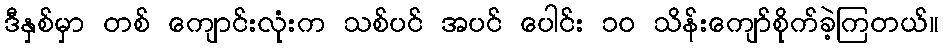
ဒီနှစ်မှာ တစ် ကျောင်းလုံးက သစ်ပင် အပင် ပေါင်း ၁၀ သိန်းကျော်စိုက်ခဲ့ကြတယ်။